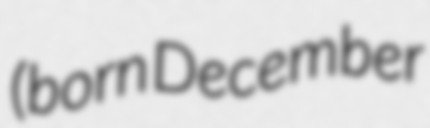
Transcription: (born December